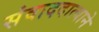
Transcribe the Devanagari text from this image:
संवाददात्याने